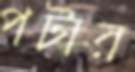
পটার